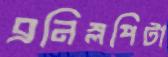
ব্রনিস্লপিটা